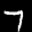
Label: 7